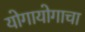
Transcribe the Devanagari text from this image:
योगायोगाचा